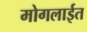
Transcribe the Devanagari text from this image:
मोगलाईत